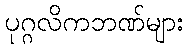
ပုဂ္ဂလိကဘဏ်များ